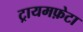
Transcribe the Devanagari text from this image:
ट्रायमफ़ेटा